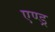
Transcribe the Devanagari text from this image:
एण्ड्र